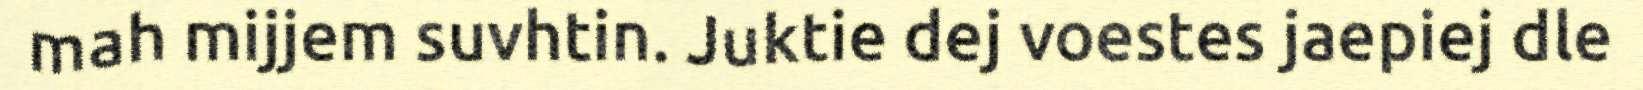
mah mijjem suvhtin. Juktie dej voestes jaepiej dle